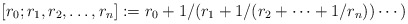
\begin{align*}[r_{0};r_{1},r_{2},\ldots,r_{n}]:=r_{0}+1/(r_{1}+1/(r_{2}+\cdots+1/r_{n}))\cdots) \end{align*}